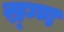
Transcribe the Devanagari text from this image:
स्र्ग्ण